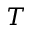
T